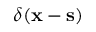
\delta ( { \bf x } - { \bf s } )